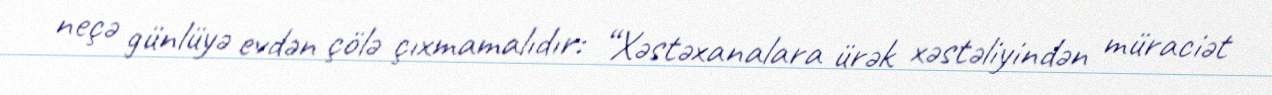
neçə günlüyə evdən çölə çıxmamalıdır: “Xəstəxanalara ürək xəstəliyindən müraciət